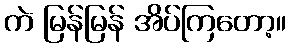
ကဲ မြန်မြန် အိပ်ကြတော့။